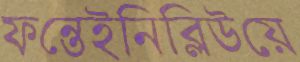
ফন্তেইনিব্লিউয়ে